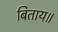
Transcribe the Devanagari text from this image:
बिताय॥